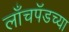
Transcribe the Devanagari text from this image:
लाँचपॅडच्या